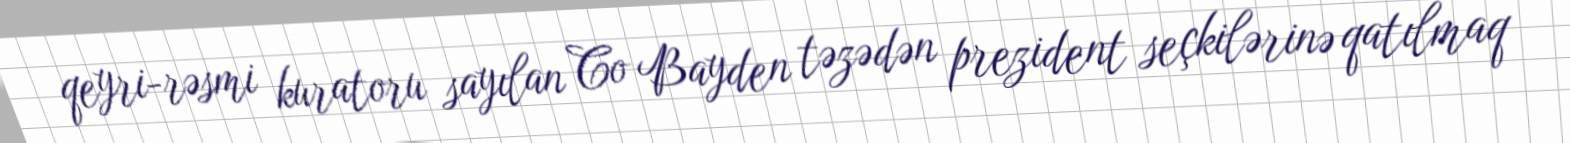
qeyri-rəsmi kuratoru sayılan Co Bayden təzədən prezident seçkilərinə qatılmaq